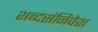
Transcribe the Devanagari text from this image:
शब्दसंनिवेश